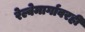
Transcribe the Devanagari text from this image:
रेल्वेमार्गावरही